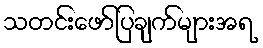
သတင်းဖော်ပြချက်များအရ